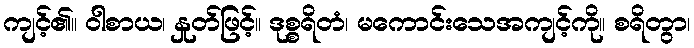
ကျင့်၏။ ဝါစာယ၊ နှုတ်ဖြင့်။ ဒုစ္စရိတံ၊ မကောင်းသေအကျင့်ကို။ စရိတွာ၊